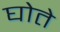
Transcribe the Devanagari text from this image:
घोते